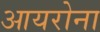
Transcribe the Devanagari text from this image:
आयरोना